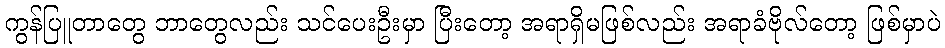
ကွန်ပြူတာတွေ ဘာတွေလည်း သင်ပေးဦးမှာ ပြီးတော့ အရာရှိမဖြစ်လည်း အရာခံဗိုလ်တော့ ဖြစ်မှာပဲ